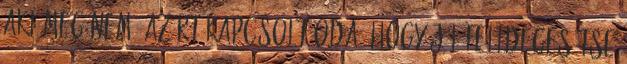
aki meg nem, azért kapcsolt oda, hogy jól felidegesítse